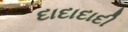
દાદાદાદી